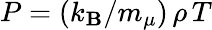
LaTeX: P=(k_{\mathbf{B}}/m_{\mu})\, \rho\, T